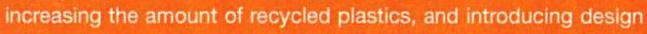
increasing the amount of recycled plastics, and introducing design